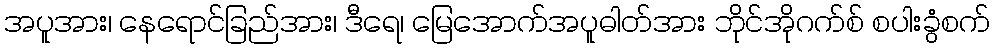
အပူအား၊ နေရောင်ခြည်အား၊ ဒီရေ၊ မြေအောက်အပူဓါတ်အား ဘိုင်အိုဂက်စ် စပါးခွံစက်